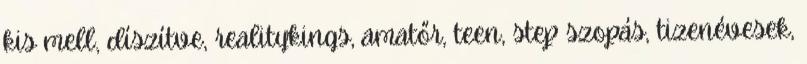
kis mell, díszítve, realitykings, amatőr, teen, step szopás, tizenévesek,